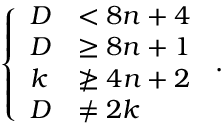
\left\{ \begin{array} { l l } { D } & { < 8 n + 4 } \\ { D } & { \geq 8 n + 1 } \\ { k } & { \ngeq 4 n + 2 } \\ { D } & { \neq 2 k } \end{array} \right. \, .